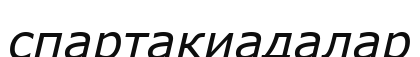
спартакиадалар